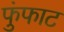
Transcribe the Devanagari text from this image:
फुंफाट